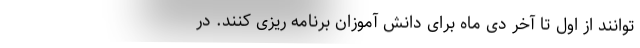
توانند از اول تا آخر دی ماه برای دانش آموزان برنامه ریزی کنند. در